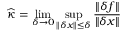
{ \widehat { \kappa } } = \operatorname* { l i m } _ { \delta \to 0 } \operatorname* { s u p } _ { \| \delta x \| \leq \delta } { \frac { \| \delta f \| } { \| \delta x \| } }